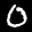
Label: 0